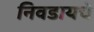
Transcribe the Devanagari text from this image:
निवडायचे